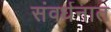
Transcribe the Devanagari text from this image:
संवर्धनात